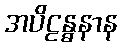
အပိဠန္ဓနာန